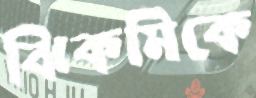
ঝিকমিকে